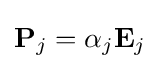
\mathbf {P} _{j}=\alpha _{j}\mathbf {E} _{j}